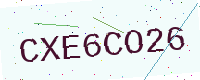
Text: CXE6CO26